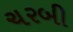
ચરબી